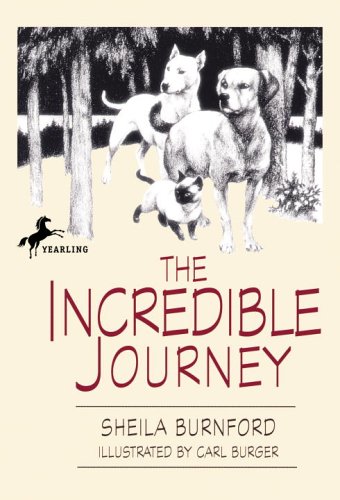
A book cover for The Incredible Journey; Sheila Burnford; Children's Books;